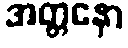
အတ္တနော